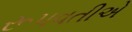
રૂપવતીએ